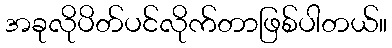
အခုလိုပိတ်ပင်လိုက်တာဖြစ်ပါတယ်။